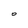
Character: O